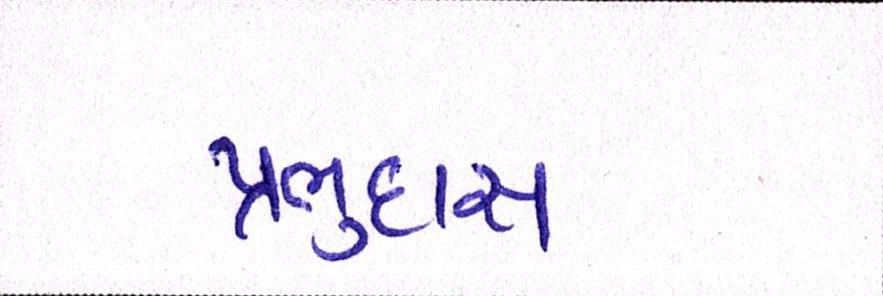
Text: પ્રભુદાસ